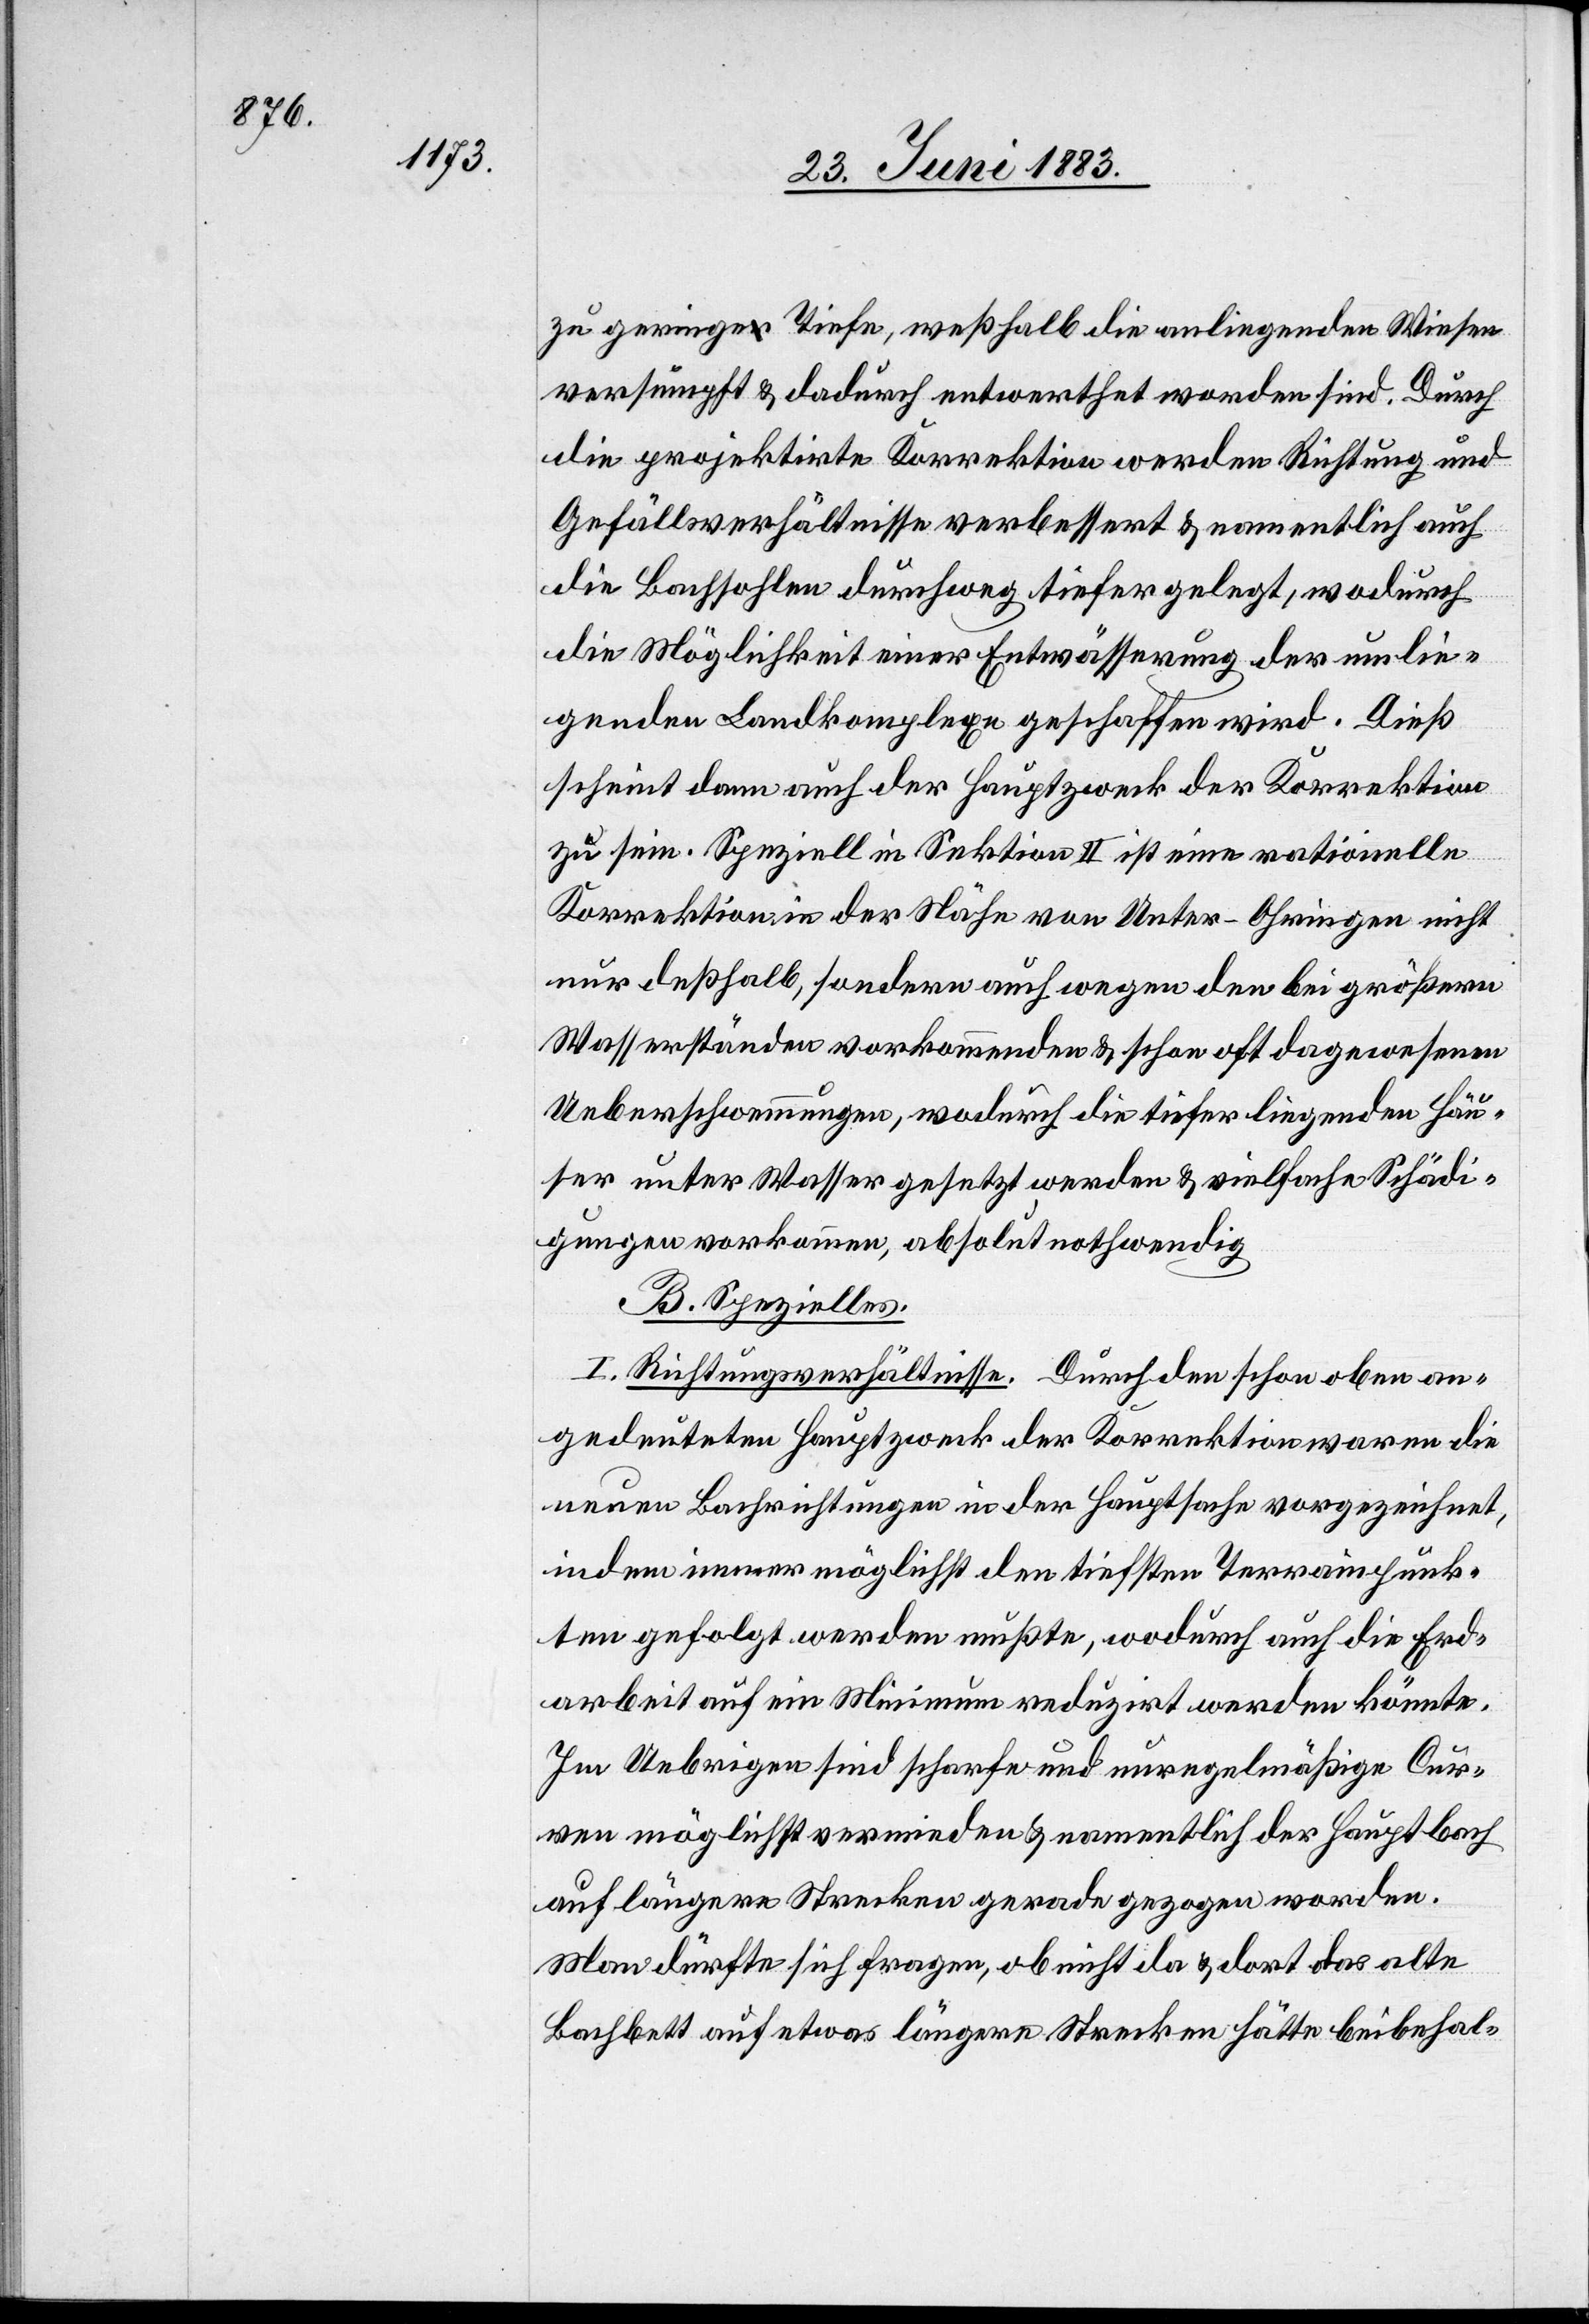
zu geringe Tiefe, weßhalb die anliegenden Wiesen
versumpft & dadurch entwerthet worden sind. Durch
die projektirte Korrektion werden Richtung und
Gefällsverhältnisse verbessert & namentlich auch
die Bachsohlen durchweg tiefer gelegt, wodurch
die Möglichkeit einer Entwässerung der umlie¬
genden Landkomplexe geschaffen wird. Dieß
scheint dann auch der Hauptzweck der Korrektion
zu sein. Speziell in Sektion II ist eine rationelle
Korrektion in der Nähe von Unter-Ohringen nicht
nur deßhalb, sondern auch wegen den bei größern
Wasserständen vorkommenden & schon oft dagewesenen
Ueberschwemmungen, wodurch die tiefer liegenden Häu¬
ser unter Wasser gesetzt werden & vielfache Schädi¬
gungen vorkommen, absolut nothwendig.
B. Spezielles.
I. Richtungsverhältnisse. Durch den schon oben an¬
gedeuteten Hauptzweck der Korrektion waren die
neuen Bachrichtungen in der Hauptsache vorgezeichnet,
indem immer möglichst den tiefsten Terrainpunk¬
ten gefolgt werden mußte, wodurch auch die Erd¬
arbeit auf ein Minimum reduzirt werden könnte.
Im Uebrigen sind scharfe und unregelmäßige Cur¬
ven möglichst vermieden & namentlich der Hauptbach
auf längere Strecken gerade gezogen worden.
Man dürfte sich fragen, ob nicht da & dort das alte
Bachbett auf etwas längere Strecken hätte beibehal-